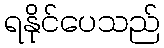
ရနိုင်ပေသည်